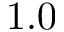
1 . 0